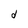
Character: d